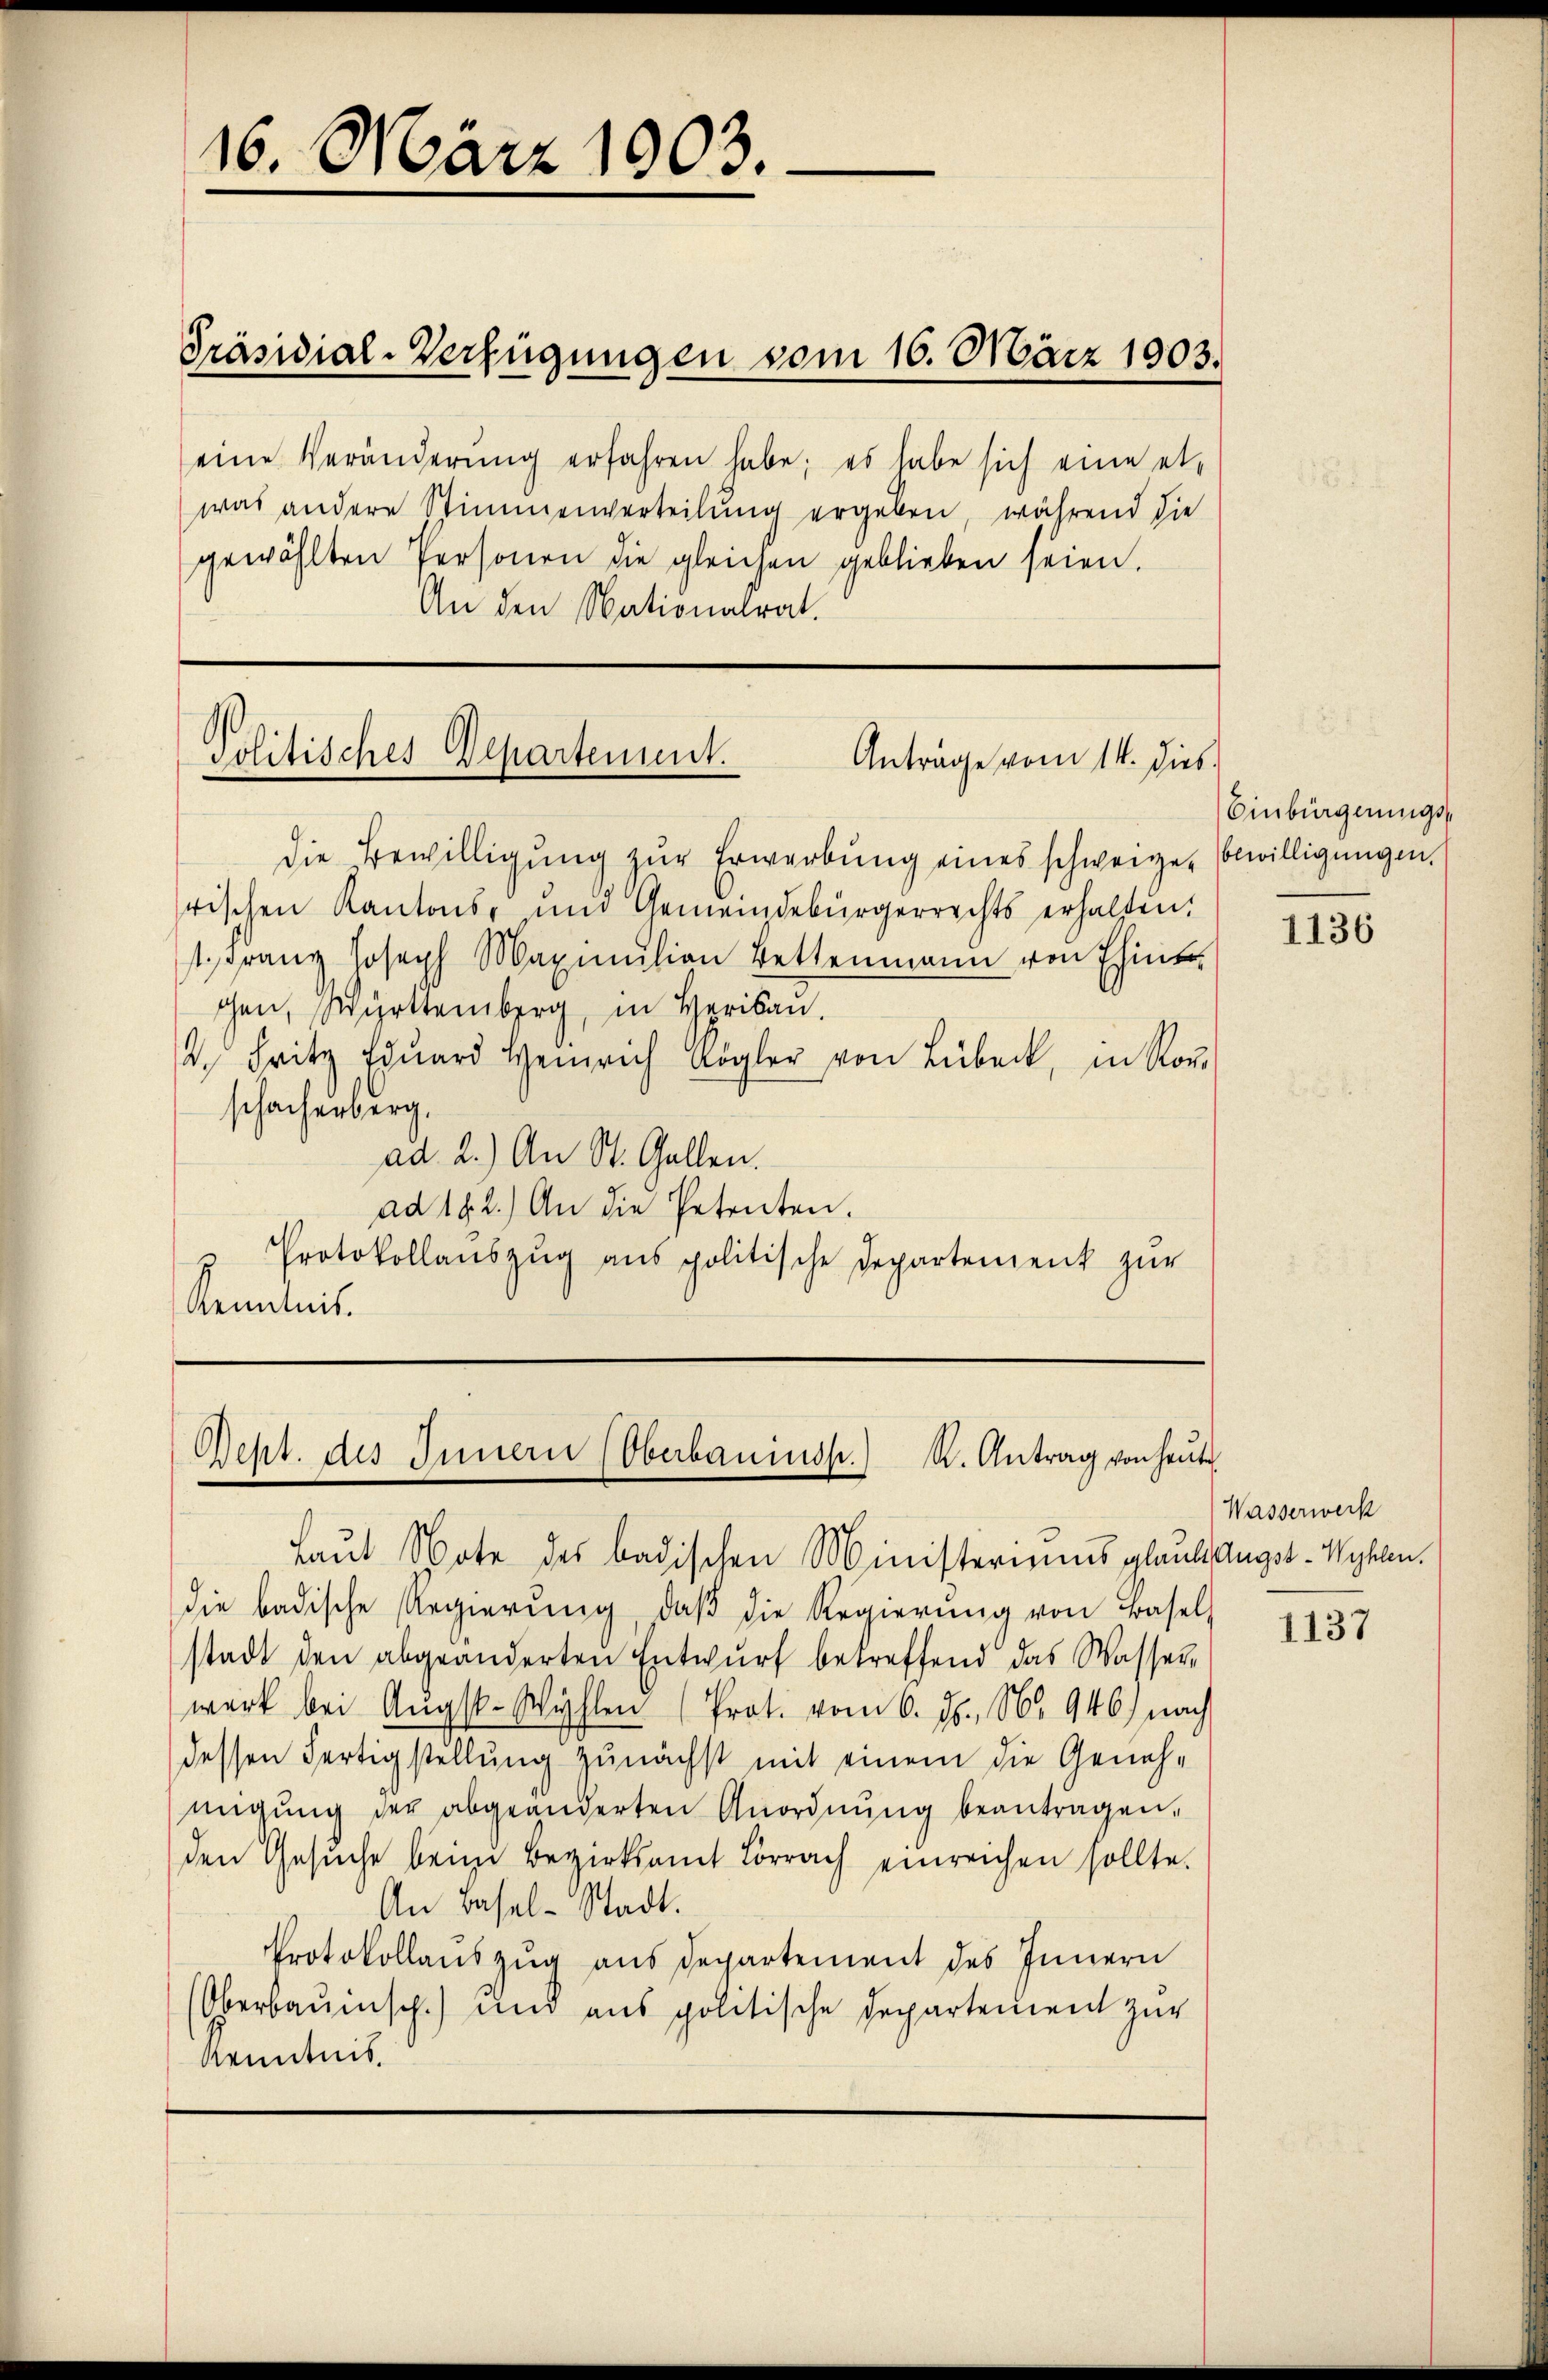
16. März 1903.

eine Veränderŭng erfahren habe; es habe sich eine etwas andere Stimmenverteilung ergeben, während die
gewählten Personen die gleichen geblieben seien.
An den Nationalrat.

Präsidial-Verfügungen vom 16. März 1903.

Politisches Departement.
Anträge vom 11. dies.

die Bewilligung zur Erwerbung eines schweizer bewilligungen.
rischen Kantons- und Gemeindebürgerrechts erhalten.
1. Franz Joseph Maymŭlian Bettenmann von Eintr
gen, Württemberg, in Herin.
2. Fritz Edŭard Heinrich Kögler von Lübeck, in Ror
schachenberg,
ad. 2.) An St. Gallen.
ad 182.) An die Petenten.
Protokollauszug aus politische Departement zur
Kenntnis.

Geht des Innern (Oberbaumss.) K. Antrag von heute

Laut Note des badischen Ministeriums glaub Angst-Wyhlen.
die badische Regierung, daβ die Regierung von Basel
stadt den abgeänderten Entwŭrf betreffend das Wasser-
werk bei Augst-Wyhlen (Prot. vom 6. ds., Nr. 946) nach
dessen Fertigstellung zunächst mit einem die Geneh-
migung der abgeänderten Anordnung beantragen,
den Gesŭche beim Bezirksamt Lörrach einreichen sollte.
An Basel-Stadt.
Protokollauszug aus Departement des Innern
Oberbauinsch.) und aus politische Departement zur
Kenntnis.

Einbürgerungs¬

1136

Wasserwerk

1137